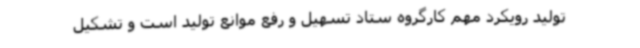
تولید رویکرد مهم کارگروه ستاد تسهیل و رفع موانع تولید است و تشکیل